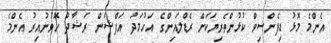
އެންމެ މޮޅު ޑިފެންސިވް ކުޅުންތެރިޔަކަށް ރެޑްލައިންގެ އަހުމަދު އަފްޝަން ރަޝާދު ހޮވުނުއިރު އެންމެ